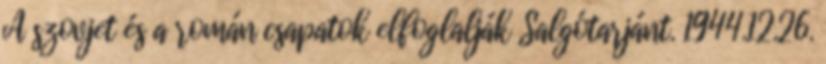
A szovjet és a román csapatok elfoglalják Salgótarjánt. 1944.12.26.